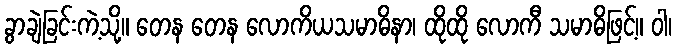
ခွာချဲခြင်းကဲ့သို့။ တေန တေန လောကိယသမာဓိနာ၊ ထိုထို လောကီ သမာဓိဖြင့်။ ဝါ၊